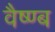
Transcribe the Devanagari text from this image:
वैष्ण्ब